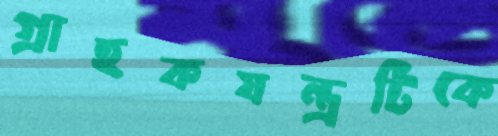
গ্রাহকযন্ত্রটিকে